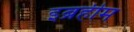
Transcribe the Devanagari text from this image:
इब्रहीम